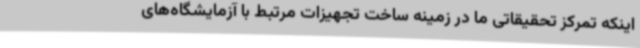
اینکه تمرکز تحقیقاتی ما در زمینه ساخت تجهیزات مرتبط با آزمایشگاه‌های